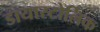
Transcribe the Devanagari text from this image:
डायास्टोलिक